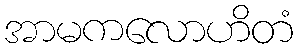
အာမကလောဟိတံ